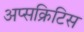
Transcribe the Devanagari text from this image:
अप्सक्रिटिस